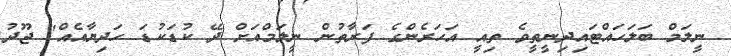
ނީލަމް ބަލަހައްޓައިދިނީތީވެ ތިއީ އަހަރެންގެ ފަރާތުން ނީލަމްއަށް ދޭ ކުޑަކުޑަ ހަދިޔާއެއް" ޖޫދު